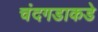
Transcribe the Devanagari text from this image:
चंदगडाकडे